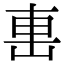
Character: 𨊥